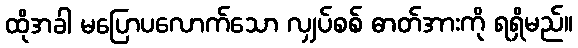
ထိုအခါ မပြောပလောက်သော လျှပ်စစ် ဓာတ်အားကို ရရှိမည်။